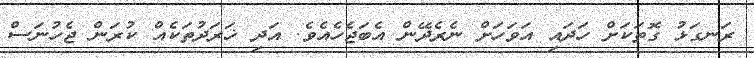
ރަނގަޅު ގޮތަކަށް ހަދައި އަވަހަށް ނެރެދޭން އެބަޖެހެއެވެ. އަދި ޚަރަދުތަކެއް ކުރަން ޖެހުނަސް